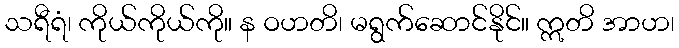
သရီရံ၊ ကိုယ်ကိုယ်ကို။ န ဝဟတိ၊ မရွက်ဆောင်နိုင်။ ဣတိ အာဟ၊